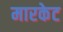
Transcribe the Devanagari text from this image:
मारकेट